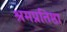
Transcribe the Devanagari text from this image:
श्रमप्रतिष्ठा